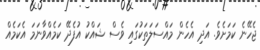
ޖެހޭނެ ކަމަށެވެ. އަދި އެހެން މައްސަލަތަކުގައި ވެސް ޝައްކު އުފެދޭ ކަމެއްވާނަމަ އެކަމެއް